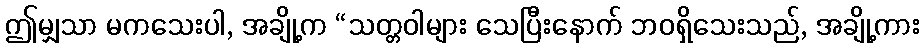
ဤမျှသာ မကသေးပါ, အချို့က “သတ္တဝါများ သေပြီးနောက် ဘဝရှိသေးသည်, အချို့ကား